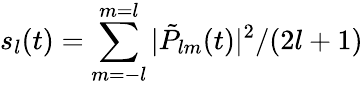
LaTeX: s_{l}(t)=\sum_{m=-l}^{m=l}|\tilde{P}_{lm}(t)|^{2}/(2l+1)